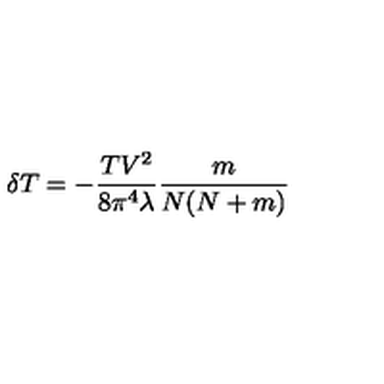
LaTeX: \delta T = - \frac { T V ^ { 2 } } { 8 \pi ^ { 4 } \lambda } \frac { m } { N ( N + m ) }